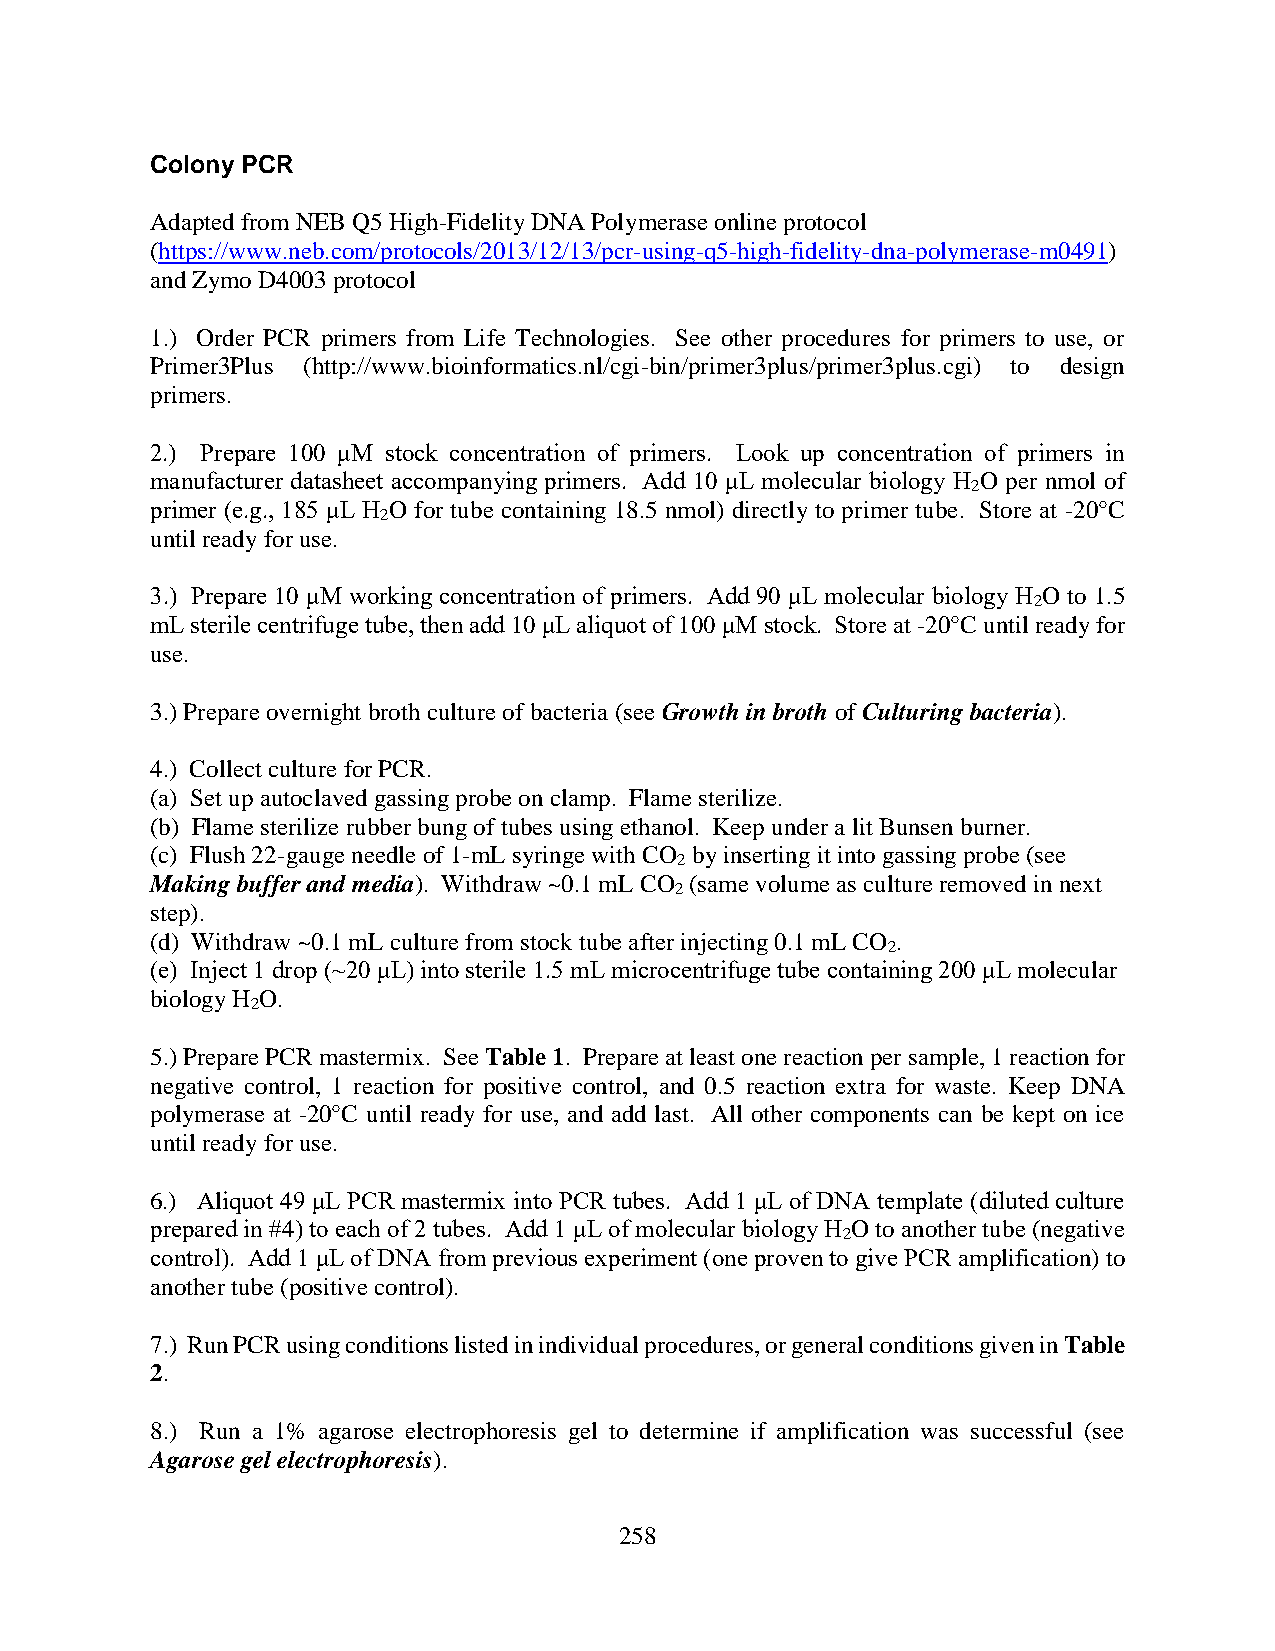
Colony PCR
 Adapted from NEB Q5 High-Fidelity DNA Polymerase online protocol
 (https://www.neb.com/protocols/2013/12/13/pcr-using-q5-high-fidelity-dna-polymerase-m0491)
 and Zymo D4003 protocol
 1.) Order PCR primers from Life Technologies. See other procedures for primers to use, or
 Primer3Plus (http://www.bioinformatics.nl/cgi-bin/primer3plus/primer3plus.cgi) to design
 primers.
 2.) Prepare 100 μM stock concentration of primers. Look up concentration of primers in
 manufacturer datasheet accompanying primers. Add 10 μL molecular biology H O per nmol of
 2
 primer (e.g., 185 μL H O for tube containing 18.5 nmol) directly to primer tube. Store at -20°C
 2
 until ready for use.
 3.) Prepare 10 μM working concentration of primers. Add 90 μL molecular biology H O to 1.5
 2
 mL sterile centrifuge tube, then add 10 μL aliquot of 100 μM stock. Store at -20°C until ready for
 use.
 3.) Prepare overnight broth culture of bacteria (see Growth in broth of Culturing bacteria).
 4.) Collect culture for PCR.
 (a) Set up autoclaved gassing probe on clamp. Flame sterilize.
 (b) Flame sterilize rubber bung of tubes using ethanol. Keep under a lit Bunsen burner.
 (c) Flush 22-gauge needle of 1-mL syringe with CO by inserting it into gassing probe (see
 2
 Making buffer and media). Withdraw ~0.1 mL CO (same volume as culture removed in next
 2
 step).
 (d) Withdraw ~0.1 mL culture from stock tube after injecting 0.1 mL CO .
 2
 (e) Inject 1 drop (~20 μL) into sterile 1.5 mL microcentrifuge tube containing 200 μL molecular
 biology H O.
 2
 5.) Prepare PCR mastermix. See Table 1. Prepare at least one reaction per sample, 1 reaction for
 negative control, 1 reaction for positive control, and 0.5 reaction extra for waste. Keep DNA
 polymerase at -20°C until ready for use, and add last. All other components can be kept on ice
 until ready for use.
 6.) Aliquot 49 μL PCR mastermix into PCR tubes. Add 1 μL of DNA template (diluted culture
 prepared in #4) to each of 2 tubes. Add 1 μL of molecular biology H O to another tube (negative
 2
 control). Add 1 μL of DNA from previous experiment (one proven to give PCR amplification) to
 another tube (positive control).
 7.) Run PCR using conditions listed in individual procedures, or general conditions given in Table
 2.
 8.) Run a 1% agarose electrophoresis gel to determine if amplification was successful (see
 Agarose gel electrophoresis).
 258